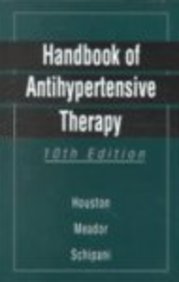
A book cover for Handbook of Antihypertensive Therapy, 10e; Marc C. Houston MD  FACP; Medical Books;